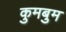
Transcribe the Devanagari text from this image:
कुमबुम